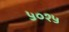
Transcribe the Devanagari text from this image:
५०१५